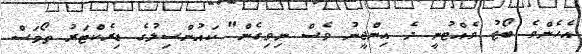
އެހެންވެ ބޯޓު ވެއްޓުނީ ދެ އިންޖީނު ވެސް ނިވިގެން" ކައުންސިލުގެ ޑިރެކްޓަރު ތޯމަސް